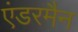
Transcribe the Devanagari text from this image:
एंडरमैन